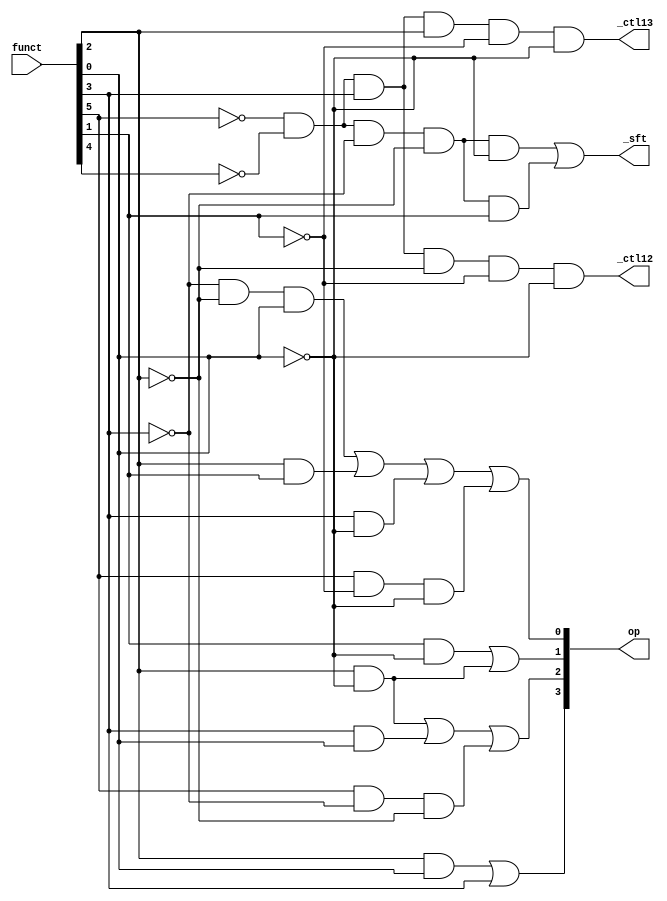
`timescale 1ns / 1ps
//////////////////////////////////////////////////////////////////////////////////
// Company: 
// Engineer: 
// 
// Design Name: 
// Module Name: ac
// Project Name: 
// Target Devices: 
// Tool Versions: 
// Description: 
// 
// Dependencies: 
// 
// Revision:
// Revision 0.01 - File Created
// Additional Comments:
// 
//////////////////////////////////////////////////////////////////////////////////


module ac(
    input [6:1] funct,
    output [4:1] op,
    output _ctl12,
    output _ctl13,
    output _sft
    );
    assign #1 op[4] = funct[3]&funct[1]|funct[4];
    assign #1 op[3] = funct[3]&~funct[1]|funct[4]&funct[1]|funct[6]&~funct[4]&~funct[3];
    assign #1 op[2] = funct[2]&~funct[1]|funct[3]&~funct[1];
    assign #1 op[1] = ~funct[4]&~funct[3]&funct[1]|funct[3]&funct[2]|funct[4]&~funct[1]|funct[6]&~funct[2]&~funct[1];
    assign #1 _sft = ~funct[6]&~funct[5]&~funct[4]&~funct[3]&~funct[1]|~funct[6]&~funct[5]&~funct[4]&~funct[3]&funct[2];
    assign #1 _ctl12 = ~funct[6]&~funct[5]&funct[4]&~funct[3]&~funct[2]&~funct[1];
    assign #1 _ctl13 = ~funct[6]&~funct[5]&funct[4]&funct[3]&~funct[2]&~funct[1];
endmodule